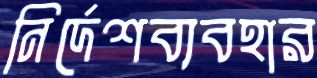
নির্দেশব্যবহার